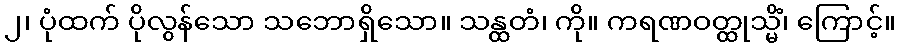
၂၊ ပုံထက် ပိုလွန်သော သဘောရှိသော။ သန္ထတံ၊ ကို။ ကရဏဝတ္ထုသ္မိံ၊ ကြောင့်။